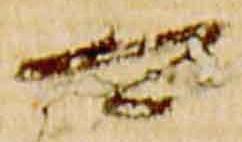
可